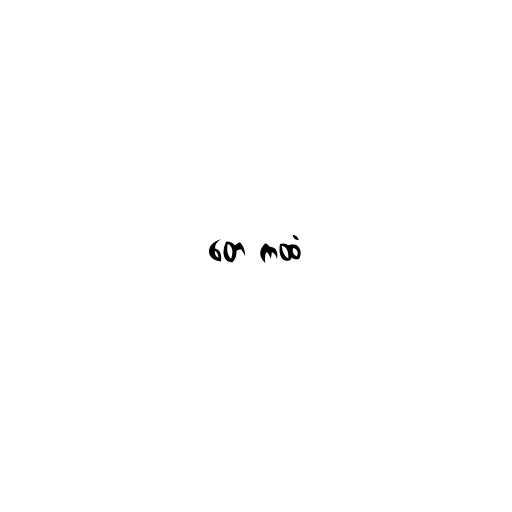
တေ ကထံ